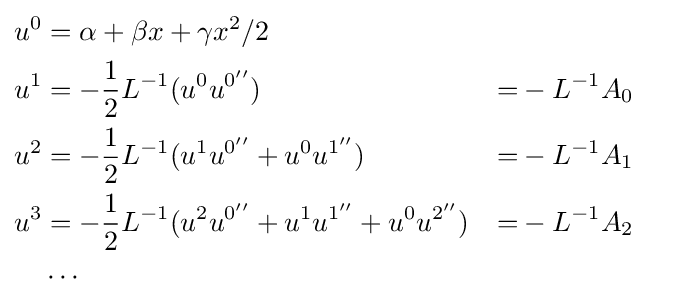
{\begin{aligned}u^{0}&={}\alpha +\beta x+\gamma x^{2}/2\\u^{1}&=-{\frac {1}{2}}L^{-1}(u^{0}u^{0''})&=&-L^{-1}A_{0}\\u^{2}&=-{\frac {1}{2}}L^{-1}(u^{1}u^{0''}+u^{0}u^{1''})&=&-L^{-1}A_{1}\\u^{3}&=-{\frac {1}{2}}L^{-1}(u^{2}u^{0''}+u^{1}u^{1''}+u^{0}u^{2''})&=&-L^{-1}A_{2}\\&\cdots \end{aligned}}